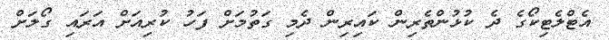
އެޓްލެޓިކޯގެ ދެ ކުޅުންތެރިން ކައިރިން ދެމި ގަތުމަށް ފަހު ކުރިއަށް އަރައި ގޯލަށް